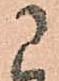
に